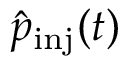
\hat { p } _ { \mathrm { i n j } } ( t )